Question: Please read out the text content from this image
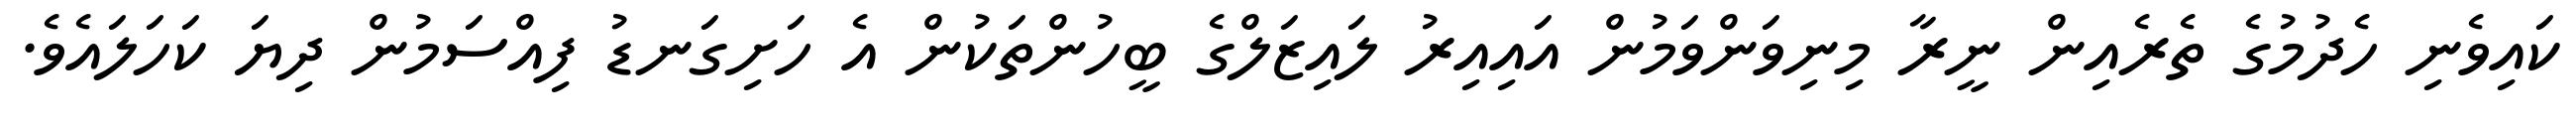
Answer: ކައިވެނި ހެދުމުގެ ތެރެއިން ނީރާ މިނިވަންވަމުން އައިއިރު ލައިޒަލްގެ ބީހުންތަކުން އެ ހަށިގަނޑު ފިއްސަމުން ދިޔަ ކަހަލައެވެ.